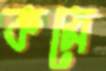
কমে